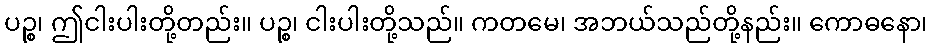
ပဉ္စ၊ ဤငါးပါးတို့တည်း။ ပဉ္စ၊ ငါးပါးတို့သည်။ ကတမေ၊ အဘယ်သည်တို့နည်း။ ကောဓနော၊